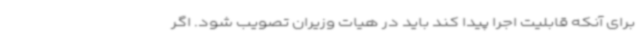
برای آنکه قابلیت اجرا پیدا کند باید در هیات وزیران تصویب شود. اگر